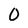
Character: 0